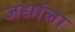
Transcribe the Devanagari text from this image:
जर्द्याला